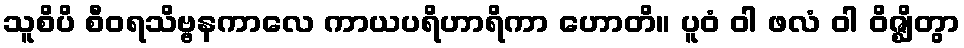
သူစိပိ စီဝရသိဗ္ဗနကာလေ ကာယပရိဟာရိကာ ဟောတိ။ ပူဝံ ဝါ ဖလံ ဝါ ဝိဇ္ဈိတွာ